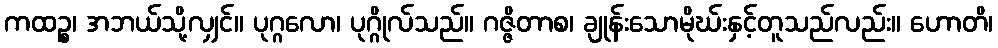
ကထဉ္စ၊ အဘယ်သို့လျှင်။ ပုဂ္ဂလော၊ ပုဂ္ဂိုလ်သည်။ ဂဇ္ဇိတာစ၊ ချုန်းသောမိုဃ်းနှင့်တူသည်လည်း။ ဟောတိ၊